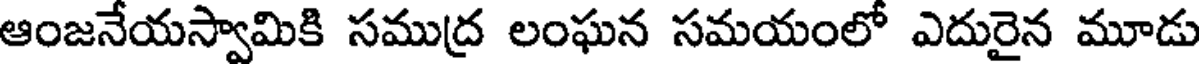
ఆంజనేయస్వామికి సముద్ర లంఘన సమయంలో ఎదురైన మూడు